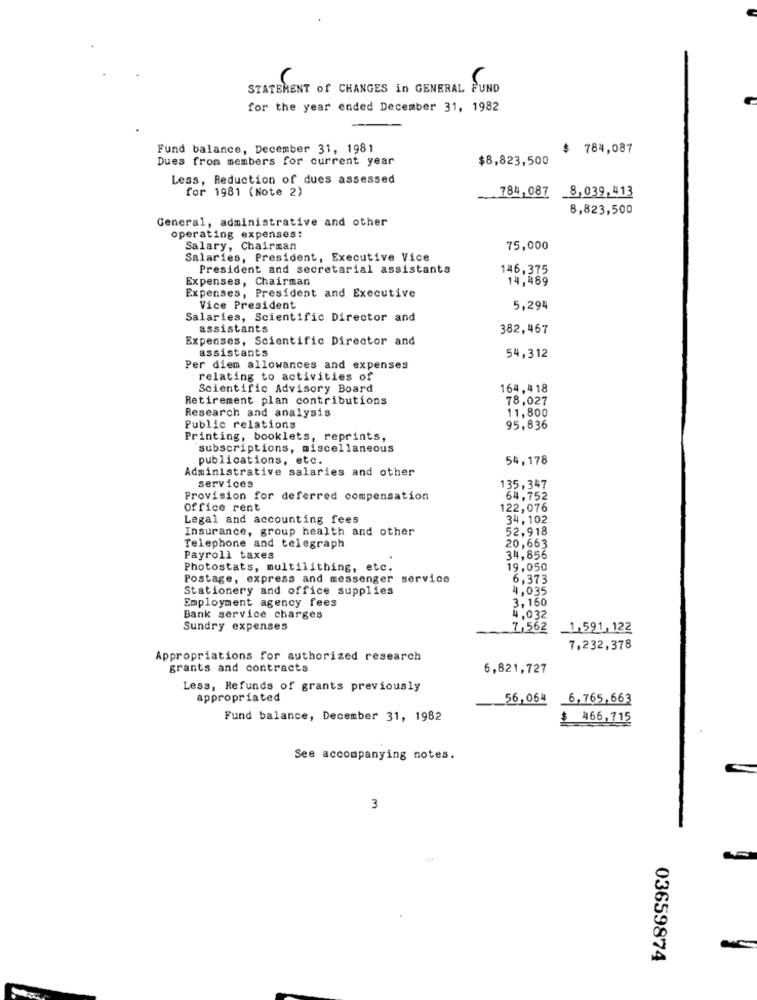
STATEMENT of CHANGES in GENERAL FUND
6
for the year ended December 31, 1982
Fund balance, December 31, 1981
$ 784,087
Dues from members for current year
$8,823,500
Less, Reduction of dues assessed
for 1981 (Note 2)
784,087 8,039,413
8,823,500
General, administrative and other
operating expenses:
Salary, Chairman
75,000
Salaries, President, Executive Vice
President and secretarial assistants
146,375
Expenses, Chairman
14,489
Expenses, President and Executive
Vice President
5,294
Salaries, Scientific Director and
assistants
382,467
Expenses, Scientific Director and
assistants
54,312
Per diem allowances and expenses
relating to activities of
Scientific Advisory Board
164,418
Retirement plan contributions
78,027
Research and analysis
11,800
Public relations
95,836
Printing, booklets, reprints,
subscriptions, miscellaneous
publications, etc.
54,178
Administrative salaries and other
services
135,347
Provision for deferred compensation
64,752
Office rent
122,076
Legal and accounting fees
34,102
Insurance, group health and other
52,918
Telephone and telegraph
20,663
Payroll taxes
34,856
Photostats, multilithing, etc.
19,050
Postage, express and messenger service
6,373
Stationery and office supplies
4,035
Employment agency fees
3,160
Bank service charges
4,032
Sundry expenses
7,562
1,591, 122
7,232,378
Appropriations for authorized research
grants and contracts
6,821,727
Less, Refunds of grants previously
appropriated
56,064 6.765,663
Fund balance, December 31, 1982
$ 466,715
See accompanying notes.
3
03659874